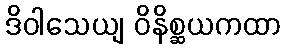
ဒိဝါသေယျ ဝိနိစ္ဆယကထာ